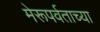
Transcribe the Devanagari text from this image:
मेरूपर्वताच्या